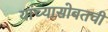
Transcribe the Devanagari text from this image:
यांच्यासोबतची